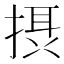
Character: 摂